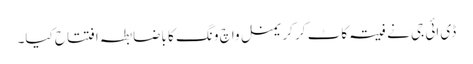
ڈی ائی جی نے فیتہ کاٹ کر کریمنل واچ ونگ کا باضابطہ افتتاح کیا۔